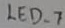
Text: LED_7